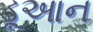
ડૂઆન